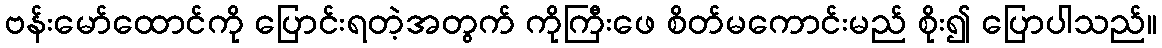
ဗန်းမော်ထောင်ကို ပြောင်းရတဲ့အတွက် ကိုကြီးဖေ စိတ်မကောင်းမည် စိုး၍ ပြောပါသည်။